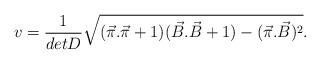
LaTeX: \begin{align*}v = \frac{1}{detD}\sqrt{(\vec{\pi}.\vec{\pi}+ 1)(\vec{B}.\vec{B}+ 1) - (\vec{\pi}.\vec{B})^2}.\end{align*}